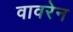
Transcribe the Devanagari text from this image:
वावरेन